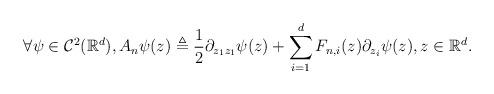
LaTeX: \begin{align*}\forall \psi \in \mathcal C^2(\mathbb{R}^d), A_n \psi(z) \triangleq \frac{1}{2} \partial_{z_1 z_1} \psi(z) + \sum_{i=1}^d F_{n,i}(z) \partial_{z_i} \psi(z), z \in \mathbb{R}^d. \end{align*}